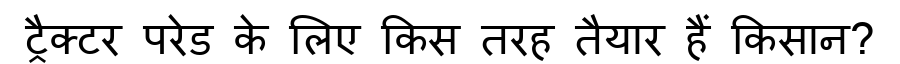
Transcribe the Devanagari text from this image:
ट्रैक्टर परेड के लिए किस तरह तैयार हैं किसान?